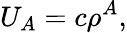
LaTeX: U_{A}=c\rho^{A},